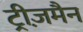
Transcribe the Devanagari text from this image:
ट्रीज़मैन